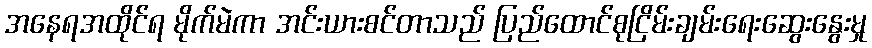
အနေရအထိုင်ရ မိုက်မဲကာ အင်းယားစင်တာသည် ပြည်ထောင်စုငြိမ်းချမ်းရေးဆွေးနွေးမှု